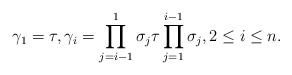
\begin{gather*} \gamma_1=\tau,\gamma_i=\prod_{j=i-1}^{1}\sigma_j \tau \prod_{j=1}^{i-1}\sigma_j,2 \le i \le n.\end{gather*}